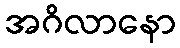
အဂိလာနော